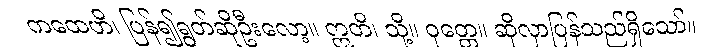
ကထေဟိ၊ ပြန်၍ရွတ်ဆိုဦးလော့။ ဣတိ၊ သို့။ ဝုတ္တေ။ ဆိုလှာပြန်သည်ရှိသော်။